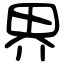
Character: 界